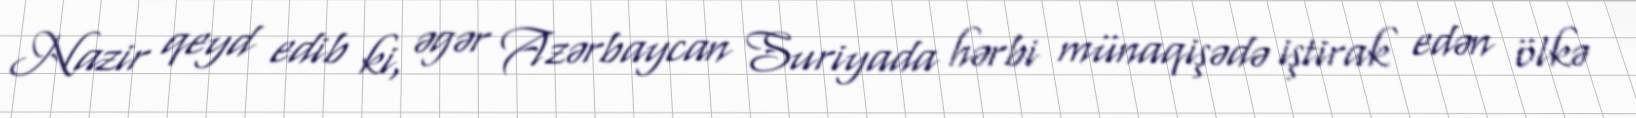
Nazir qeyd edib ki, əgər Azərbaycan Suriyada hərbi münaqişədə iştirak edən ölkə